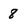
Character: 8